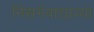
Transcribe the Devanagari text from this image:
निसर्गवाद्याच्या